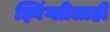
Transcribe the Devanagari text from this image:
झ्विंग्लीलाही